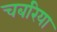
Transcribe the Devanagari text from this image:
चबरिया